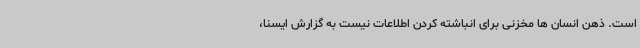
است. ذهن انسان ها مخزنی برای انباشته کردن اطلاعات نیست به گزارش ایسنا،